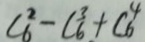
C _ { 6 } ^ { 2 } - C _ { 6 } ^ { 3 } + C ^ { 4 } _ { 6 }